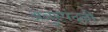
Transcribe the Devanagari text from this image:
अनुस्पंदनी